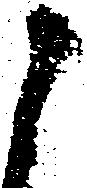
之